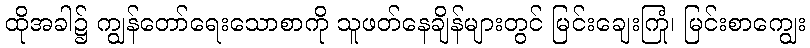
ထိုအခါ၌ ကျွန်တော်ရေးသောစာကို သူဖတ်နေချိန်များတွင် မြင်းချေးကြုံ၊ မြင်းစာကျွေး